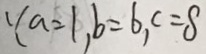
( a = 1 , b = 6 , c = 8